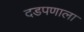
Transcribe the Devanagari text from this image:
दडपणाला